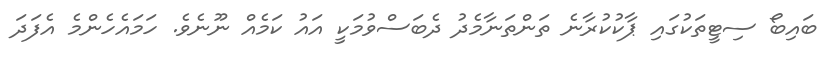
ބައިބޯ ސިޓީތަކުގައި ޕާކުކުރާނެ ތަންތަނާމެދު ދެބަސްވުމަކީ އައު ކަމެއް ނޫނެވެ. ހަމައެހެންމެ އެފަދަ